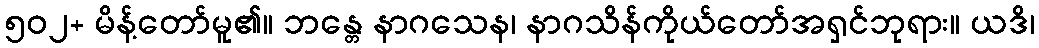
၅၀၂+ မိန့်တော်မူ၏။ ဘန္တေ နာဂသေန၊ နာဂသိန်ကိုယ်တော်အရှင်ဘုရား။ ယဒိ၊